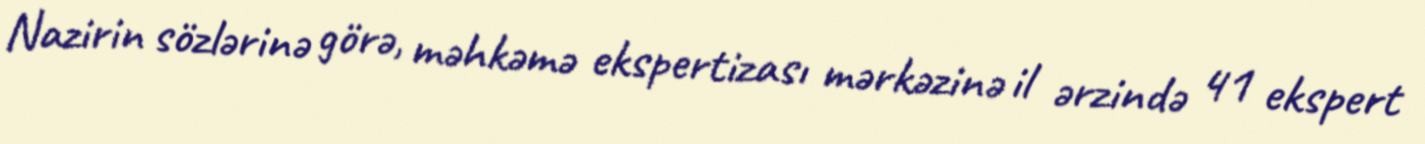
Nazirin sözlərinə görə, məhkəmə ekspertizası mərkəzinə il ərzində 41 ekspert